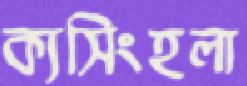
ক্যসিংহলা